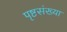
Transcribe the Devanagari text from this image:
पृष्टसंख्या